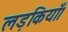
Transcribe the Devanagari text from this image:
लड़कियाँ।